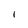
Character: I